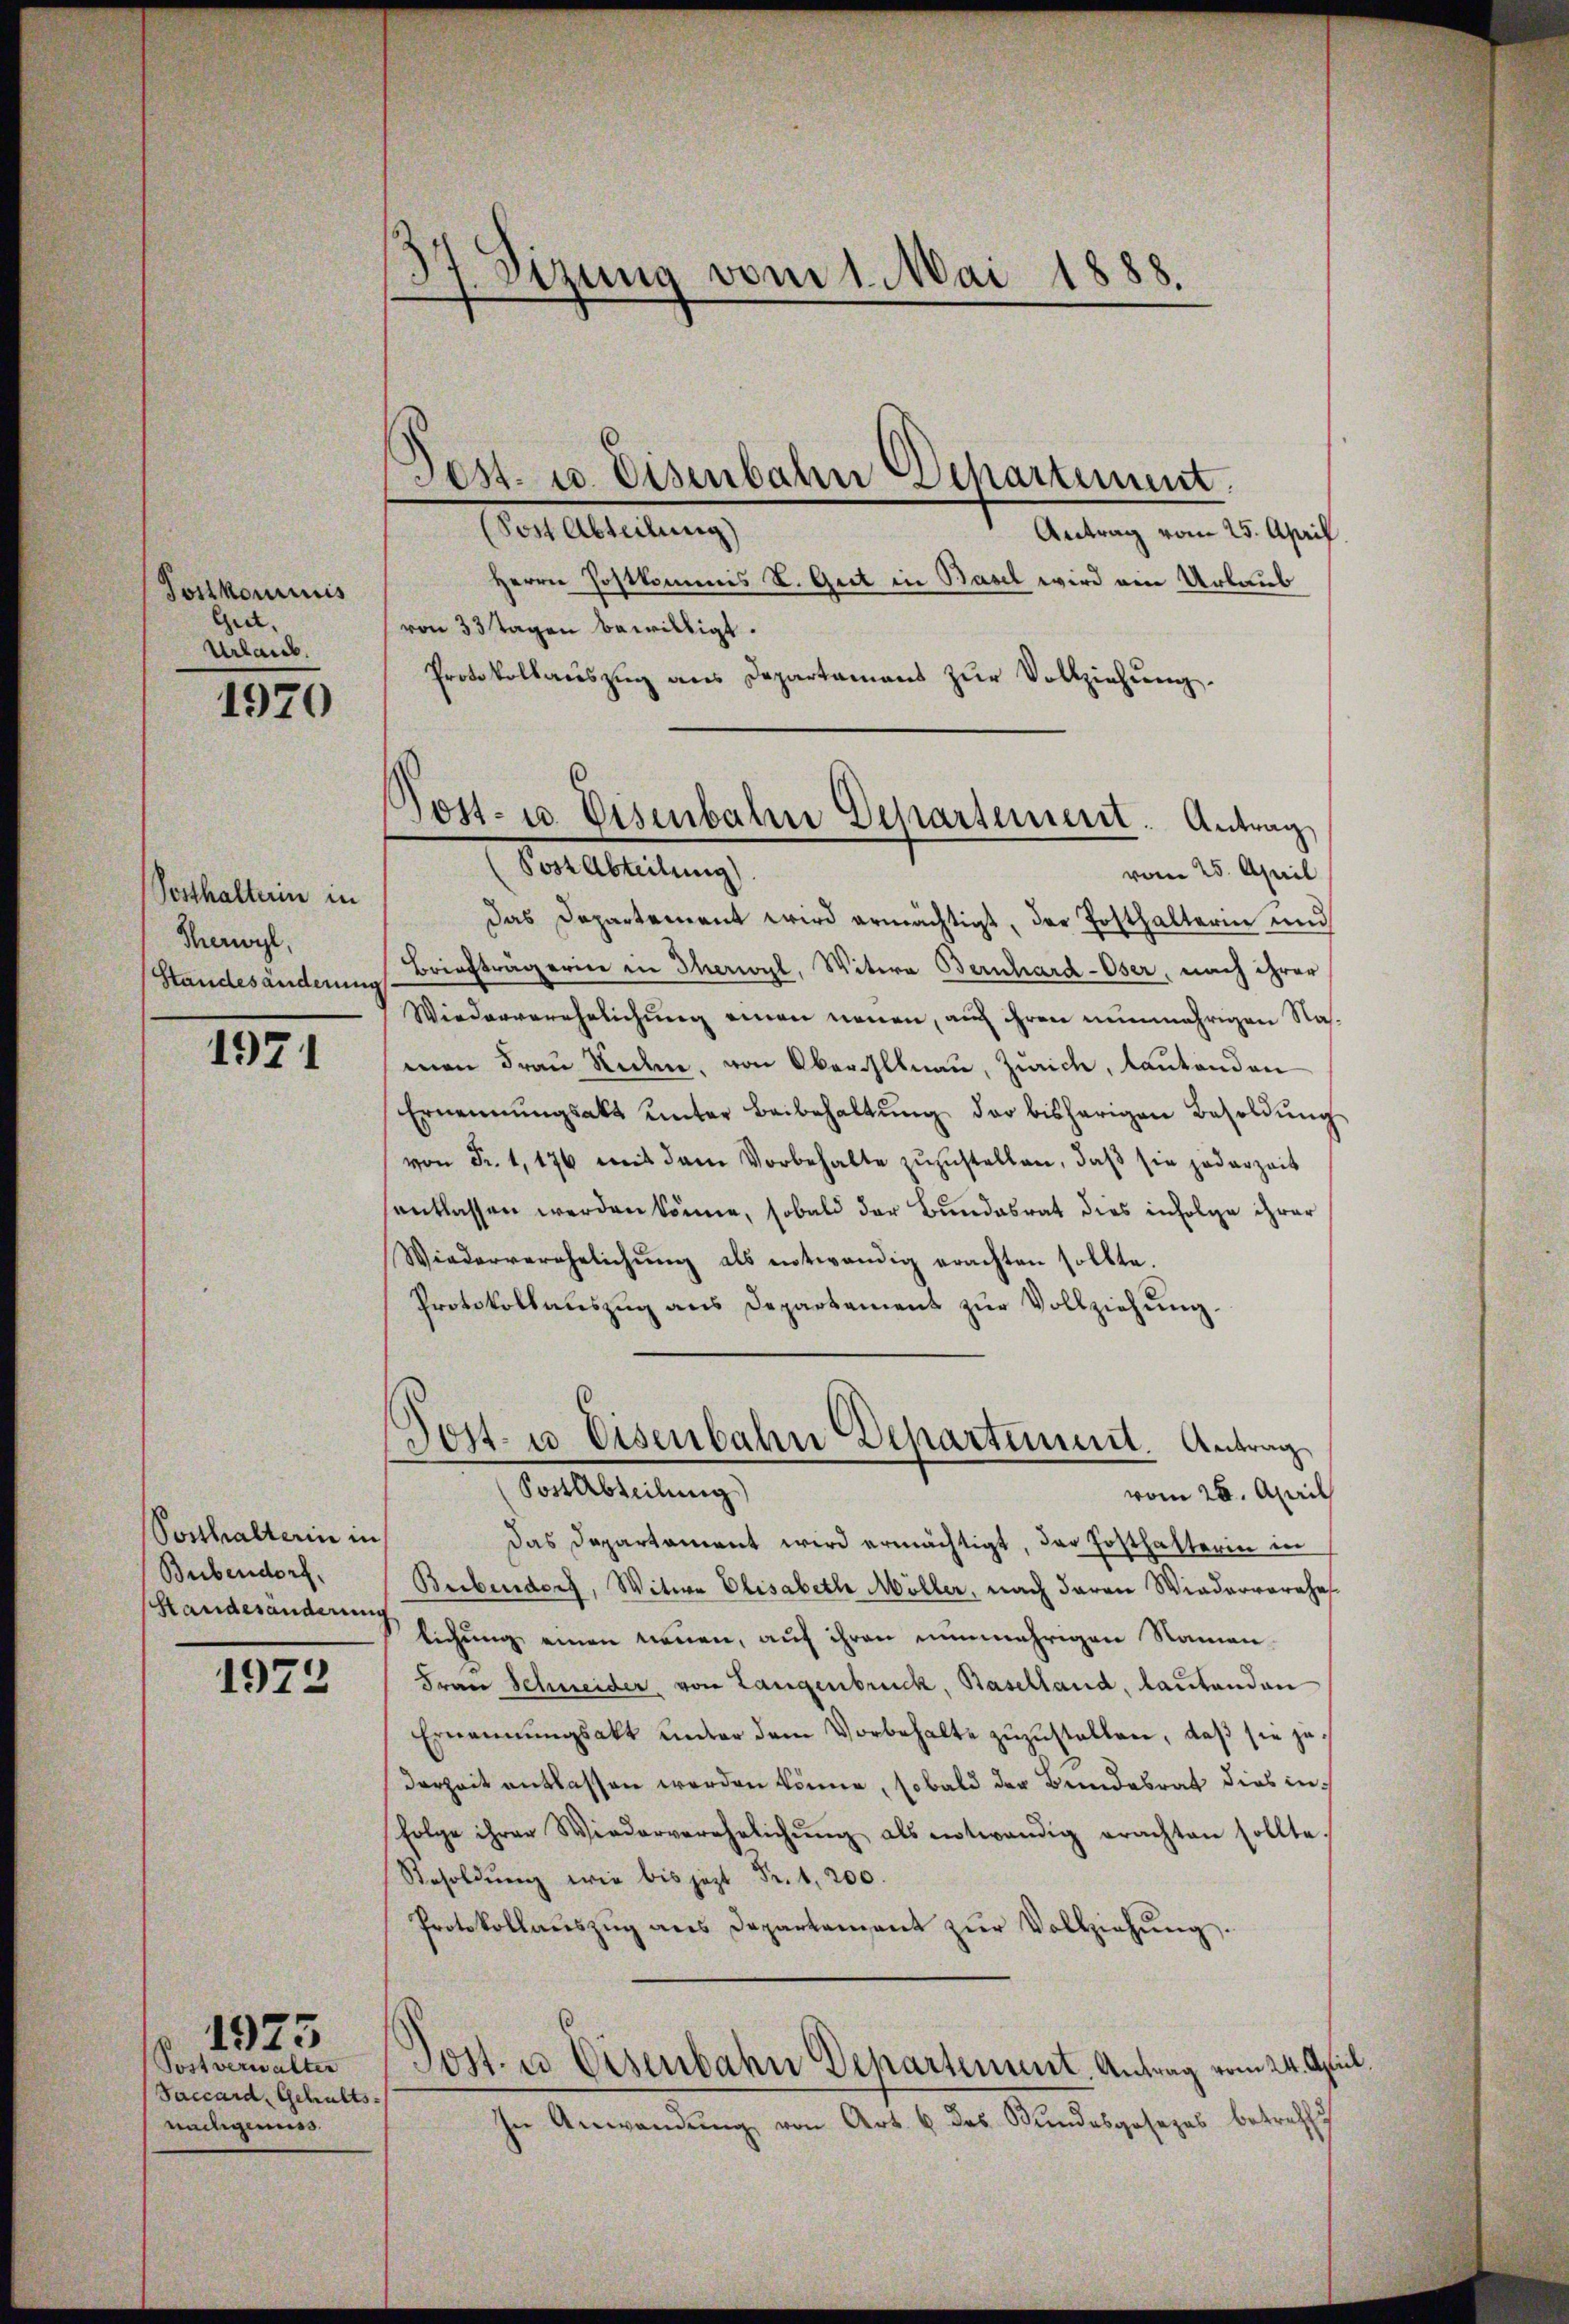
Tostkominis
Giet.
Urlaub.

1970

Vorthalterin in
Thenwyl,
Standesänderung

1971

Posthalterin in
Bubendorf.
Handesänderung

1972

Postverwalter
Saccard, Gehaltsnachgenuss.

1925

Sizung vom 1. Mai 1888.

(Post Abteilung)
Antrag vom 25. April
Herrn Postkommis V. Gut in Basel wird ein Urlaub
von 33 Tagen bewilligt.
Protokollauszug aus Departamens zŭr Vollziehung.
Das Departement wird ermächtigt, der Posthalterin und
Briefträgerin in Iherwyl, Witwe Bernhard-Oser, nach ihrer
Wiederverehelichung einen neuen, auch ihren nunmehrigen Nahmen Frau Reden, von Oberallnau, Zürich, lautenden
Ernennungsakt ŭnter Beibehaltŭng der bisherigen Besoldŭng
von Fr. 1, 176 mit dem Vorbehalte zuzustellen, daß sie jederzeit
antlassen werden könne, sobald der Bundesrat dies infolge ihrer
Wiederverehelichŭng als entwendig erachten sollte.
Protokollauszug aus Departament zur Vollziehung.
Post- u Eisenbahn Departimmt. Antrag
Post Abteilung)
vom 26. April
Das Departament wird ermächtigt, der Posthalterin in
Beibendorf, Witwe Elisabeth Möller, nach daran Wiederverehe
lichung einen nennen, auf ihren nunmehrigen Namen
Frau Schneider, von Langenbruck, Baselland, lautenden
Ernannŭngsakt unter dem Vorbehalte zŭzŭstellen, daβ sie jederzeit entlassen werden könne, sobald der Bundesrat dies infolge ihrer Wiederverehelichŭng als entwendig erachten sollte.
Resoldŭng wie bis jezt Fr. 1. 200.
Protokollaŭszŭg ans Departament zŭr Vollziehŭng.
Post- u. Eisenbahn Departement. Antrag vom 24. April.
In Anwendung von Art. 6 des Bundesgesezes betreffe

Post- u. Eisenbahne Departement. Antrag,
Post Abteilung)
vom 25. April

Pest. u. Eisenbahn Departement.